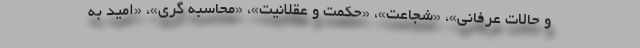
و حالات عرفانی»، «شجاعت»، «حکمت و عقلانیت»، «محاسبه گری»، «امید به